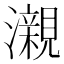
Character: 瀙